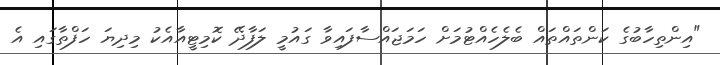
"އިންތިހާބުގެ ކަންތައްތައް ބެލެހެއްޓުމަށް ހަމަޖައްސާފައިވާ ގައުމީ ލަފާދޭ ކޮމިޓީއާއެކު މިދިޔަ ހަފްތާގައި އެ